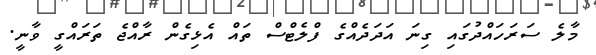
މާލެ ސަރަހައްދުގައި ގިނަ އަދަދެއްގެ ފްލެޓްސް ތައް އެޅިގެން ރާއްޖެ ތަރައްގީ ވާނީ.